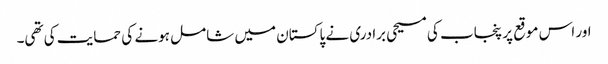
اور اس موقع پر پنجاب کی مسیحی برادری نے پاکستان میں شامل ہونے کی حمایت کی تھی۔